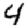
Digit: 4